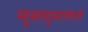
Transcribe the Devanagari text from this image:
मुसमुसलेले